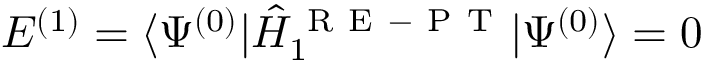
E ^ { ( 1 ) } = \langle \Psi ^ { ( 0 ) } | \hat { H } _ { 1 } ^ { \mathrm { ~ R ~ E ~ - ~ P ~ T ~ } } | \Psi ^ { ( 0 ) } \rangle = 0